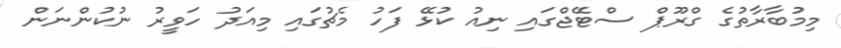
މިމުބާރާތުގެ ގްރޫޕް ސްޓޭޖްގައި ނިއު ކުޅޭ ފަހު މެޗުގައި މިއަދު ހަވީރު ނުކުންނަން